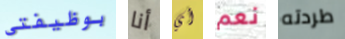
بوظيفتي أنا أي نعم طردته